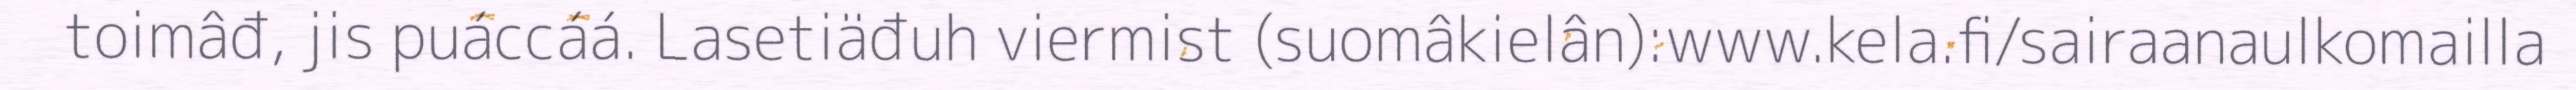
toimâđ, jis puáccáá. Lasetiäđuh viermist (suomâkielân):www.kela.fi/sairaanaulkomailla